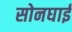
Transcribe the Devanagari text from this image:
सोनघाई